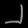
Digit: ၂